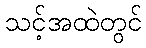
သင့်အထဲတွင်